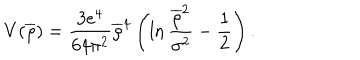
V ( \overline { { { \rho } } } ) = \frac { 3 e ^ { 4 } } { 6 4 \pi ^ { 2 } } \overline { { { \rho } } } ^ { 4 } \left( \ln \frac { \overline { { { \rho } } } ^ { 2 } } { \sigma ^ { 2 } } - \frac { 1 } { 2 } \right) .